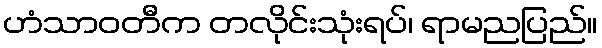
ဟံသာဝတီက တလိုင်းသုံးရပ်၊ ရာမညပြည်။